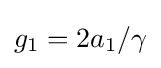
g_{1}=2a_{1}/\gamma